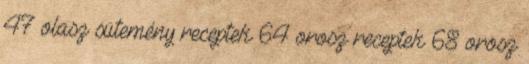
47 olasz sütemény receptek 64 orosz receptek 68 orosz